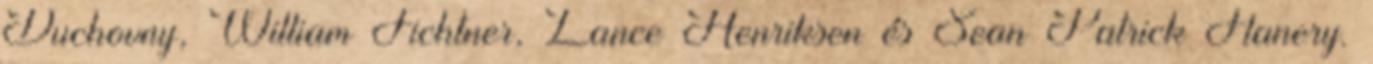
Duchovny, William Fichtner, Lance Henriksen és Sean Patrick Flanery.